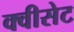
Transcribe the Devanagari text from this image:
क्वीसेट